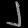
Digit: ၂